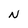
Character: N